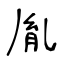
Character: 胤